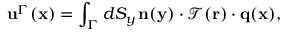
\mathbf { u } ^ { \Gamma } ( \mathbf { x } ) = \int _ { \Gamma } d S _ { y } \, \mathbf { n } ( \mathbf { y } ) \cdot \mathcal { T } ( \mathbf { r } ) \cdot \mathbf { q } ( \mathbf { x } ) ,